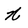
Character: N